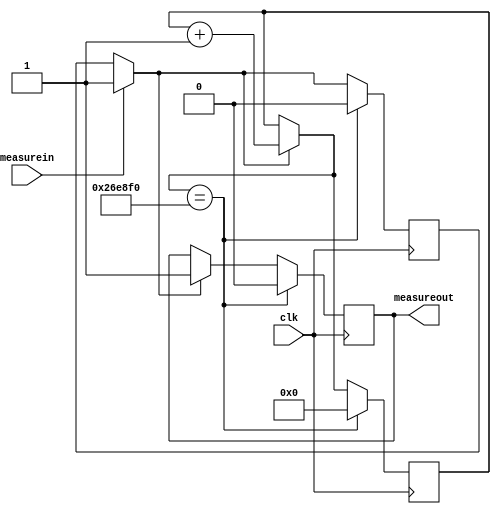
`timescale 1ns / 1ps

module alargapulse(clk, measurein, measureout);

input wire clk;
//input wire clk1khz;
input wire measurein;
output reg measureout = 1'd0;

//intern registers
reg flaginit = 1'd0;
reg [21:0] cont = 22'd0;

always @(posedge clk)begin
    if(measurein == 1'd1) flaginit = 1'd1;
	 if(flaginit == 1'd1) begin
	     cont = cont + 1'd1;
		  measureout = 1'd1;
	 end
	 if(cont == 22'd2550000) begin
	     cont = 22'd0;
        measureout = 1'd0;
        flaginit = 1'd0;		  
	 end
end

endmodule